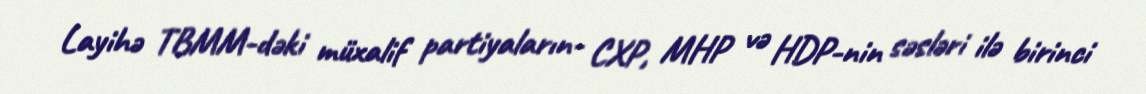
Layihə TBMM-dəki müxalif partiyaların- CXP, MHP və HDP-nin səsləri ilə birinci